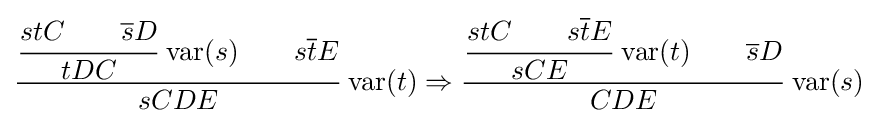
{\cfrac {{\cfrac {stC\qquad {\overline {s}}D}{tDC}}\,\operatorname {var} (s)\qquad s{\overline {t}}E}{sCDE}}\,\operatorname {var} (t)\Rightarrow {\cfrac {{\cfrac {stC\qquad s{\overline {t}}E}{sCE}}\,\operatorname {var} (t)\qquad {\overline {s}}D}{CDE}}\,\operatorname {var} (s)